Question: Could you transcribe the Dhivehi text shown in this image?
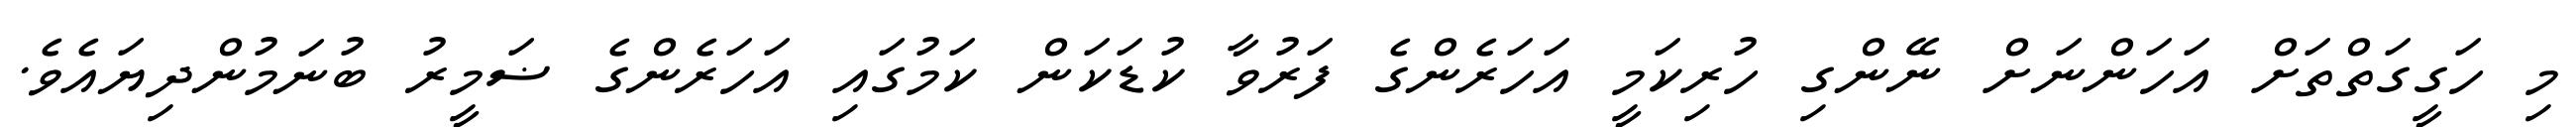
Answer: މި ހަގީގަތްތަށް އަހަންނަށް ނޭންގި ހުރިކަމީ އަހަރެންގެ ފަރުވާ ކުޑަކަން ކަމުގައި އަހަރެންގެ ޟަމީރު ބުނަމުންދިޔައެވެ.